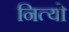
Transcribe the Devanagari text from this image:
नित्यो